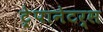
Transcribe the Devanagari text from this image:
ट्रेपानेटर्स